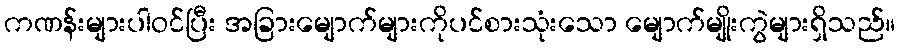
ကဏန်းများပါဝင်ပြီး အခြားမျောက်များကိုပင်စားသုံးသော မျောက်မျိုးကွဲများရှိသည်။